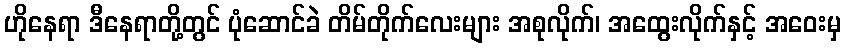
ဟိုနေရာ ဒီနေရာတို့တွင် ပုံဆောင်ခဲ တိမ်တိုက်လေးများ အစုလိုက်၊ အထွေးလိုက်နှင့် အဝေးမှ